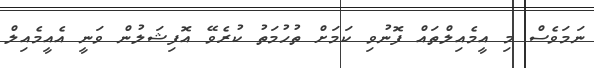
ނަމަވެސް މި އީމެއިލްތައް ފޮނުވި ކަމަށް ތުހުމަތު ކުރެވޭ އޮފިޝަލުން ވަނީ އެއީމެއިލް